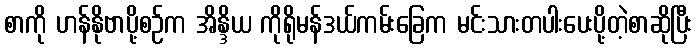
စာကို ဟန်နိုဗာပို့စဉ်က အိန္ဒိယ ကိုရိုမန်ဒယ်ကမ်းခြေက မင်းသားတပါးပေးပို့တဲ့စာဆိုပြီး